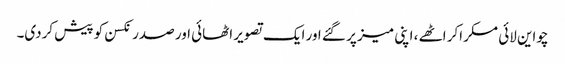
چواین لائی مسکراکر اٹھے ، اپنی میز پر گئے اور ایک تصویر اٹھائی اور صدر نکسن کو پیش کردی۔